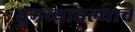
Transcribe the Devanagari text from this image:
तुमच्यातल्याच